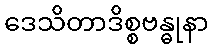
ဒေသိတာဒိစ္စဗန္ဓုနာ